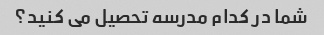
شما در کدام مدرسه تحصیل می کنید؟